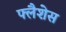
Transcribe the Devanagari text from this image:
फ्लैशेस